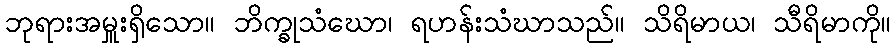
ဘုရားအမှူးရှိသော။ ဘိက္ခုသံဃော၊ ရဟန်းသံဃာသည်။ သိရိမာယ၊ သီရိမာကို။